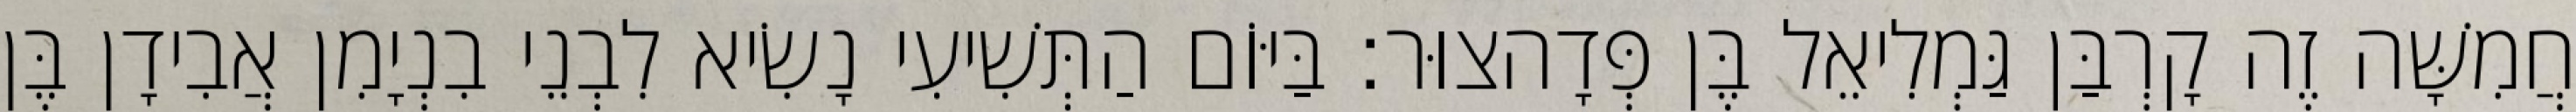
חֲמִשָּׁה זֶה קָרְבַּן גַּמְלִיאֵל בֶּן פְּדָהצוּר׃ בַּיּוֹם הַתְּשִׁיעִי נָשִׂיא לִבְנֵי בִנְיָמִן אֲבִידָן בֶּן